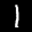
Label: 1